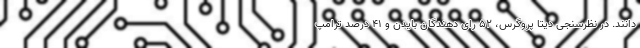
دانند. در نظرسنجی دیتا پروگرس، 52 رای دهندگان بایدن و 41 درصد ترامپ